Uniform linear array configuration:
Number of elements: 64
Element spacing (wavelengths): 0.75
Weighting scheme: hamming
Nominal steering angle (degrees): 15
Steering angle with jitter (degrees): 16.589
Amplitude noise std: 0.05
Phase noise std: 0.05

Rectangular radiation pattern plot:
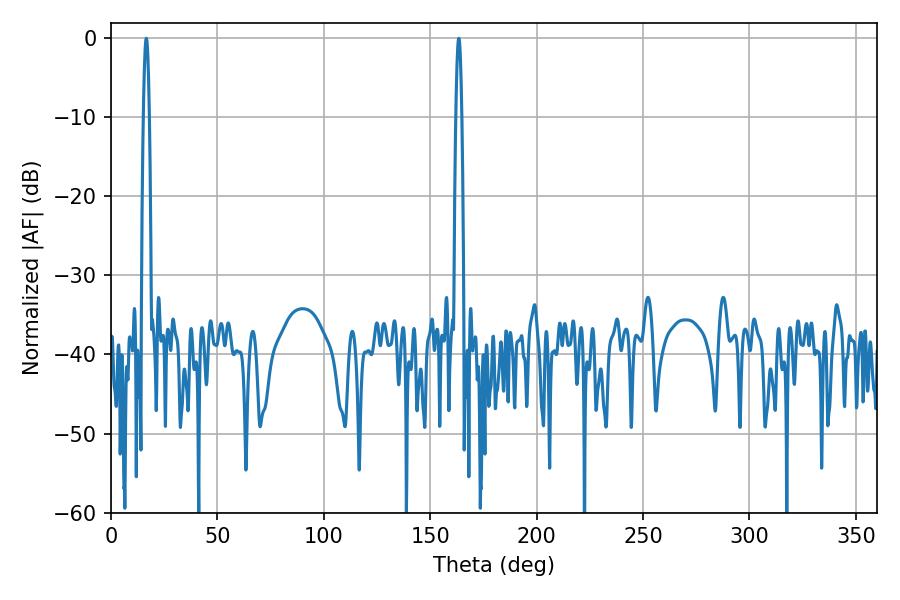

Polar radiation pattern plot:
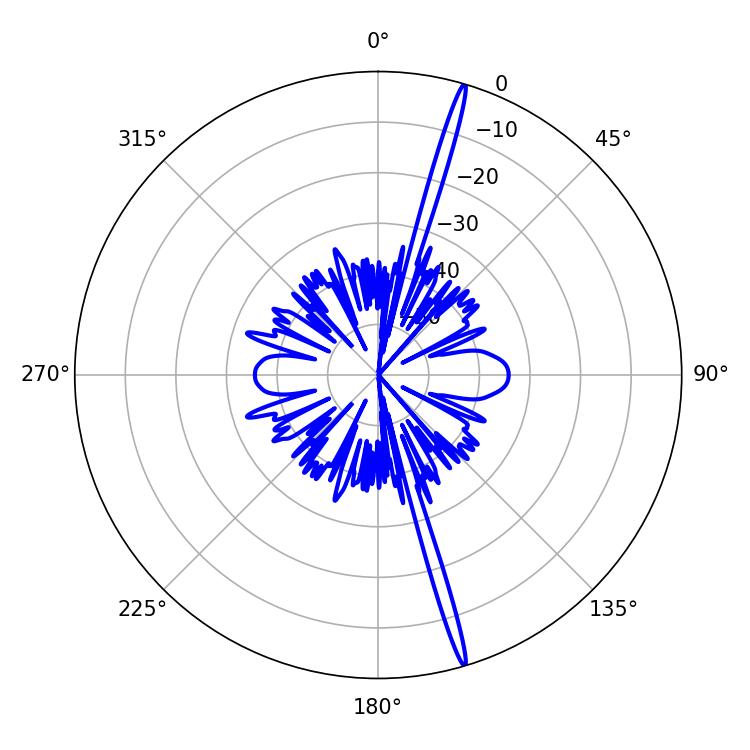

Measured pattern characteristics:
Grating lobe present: TRUE
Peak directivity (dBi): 20.694
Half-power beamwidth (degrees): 1.44
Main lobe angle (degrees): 16.56